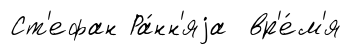
Ст'ефан Ра́нн'яjа вр'е́м'я